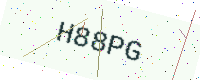
Text: H88PG